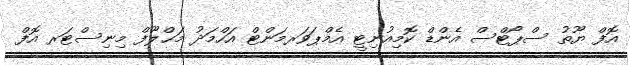
އޮފް ޔޫތު ސްޕޯޓްސް އެންޑް ކޮމިއުނިޓީ އެމްޕަވަރމަންޓް އަހްމަދު މަޙްލޫފް މިނިސްޓަރ އޮފް